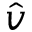
\hat { v }